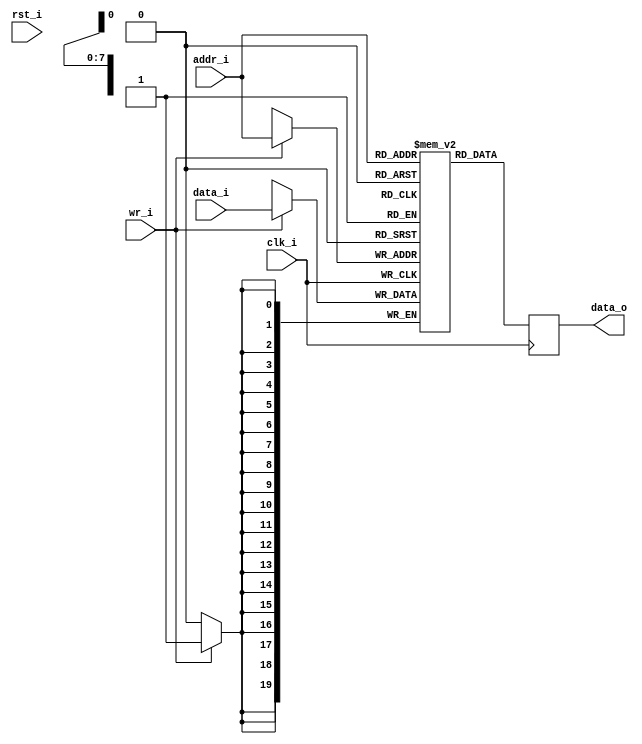
//-----------------------------------------------------------------
//                         RISC-V Top
//                            V0.6
//                     Ultra-Embedded.com
//                     Copyright 2014-2019
//
//                   admin@ultra-embedded.com
//
//                       License: BSD
//-----------------------------------------------------------------
//
// Copyright (c) 2014, Ultra-Embedded.com
// All rights reserved.
// 
// Redistribution and use in source and binary forms, with or without
// modification, are permitted provided that the following conditions 
// are met:
//   - Redistributions of source code must retain the above copyright
//     notice, this list of conditions and the following disclaimer.
//   - Redistributions in binary form must reproduce the above copyright
//     notice, this list of conditions and the following disclaimer 
//     in the documentation and/or other materials provided with the 
//     distribution.
//   - Neither the name of the author nor the names of its contributors 
//     may be used to endorse or promote products derived from this 
//     software without specific prior written permission.
// 
// THIS SOFTWARE IS PROVIDED BY THE COPYRIGHT HOLDERS AND CONTRIBUTORS 
// "AS IS" AND ANY EXPRESS OR IMPLIED WARRANTIES, INCLUDING, BUT NOT 
// LIMITED TO, THE IMPLIED WARRANTIES OF MERCHANTABILITY AND FITNESS FOR 
// A PARTICULAR PURPOSE ARE DISCLAIMED. IN NO EVENT SHALL THE AUTHOR BE 
// LIABLE FOR ANY DIRECT, INDIRECT, INCIDENTAL, SPECIAL, EXEMPLARY, OR 
// CONSEQUENTIAL DAMAGES (INCLUDING, BUT NOT LIMITED TO, PROCUREMENT OF 
// SUBSTITUTE GOODS OR SERVICES; LOSS OF USE, DATA, OR PROFITS; OR 
// BUSINESS INTERRUPTION) HOWEVER CAUSED AND ON ANY THEORY OF 
// LIABILITY, WHETHER IN CONTRACT, STRICT LIABILITY, OR TORT
// (INCLUDING NEGLIGENCE OR OTHERWISE) ARISING IN ANY WAY OUT OF 
// THE USE OF THIS SOFTWARE, EVEN IF ADVISED OF THE POSSIBILITY OF 
// SUCH DAMAGE.
//-----------------------------------------------------------------

//-----------------------------------------------------------------
//                          Generated File
//-----------------------------------------------------------------
module icache_tag_ram
(
    // Inputs
     input           clk_i
    ,input           rst_i
    ,input  [  7:0]  addr_i
    ,input  [ 19:0]  data_i
    ,input           wr_i

    // Outputs
    ,output [ 19:0]  data_o
);




//-----------------------------------------------------------------
// Single Port RAM 0KB
// Mode: Read First
//-----------------------------------------------------------------
reg [19:0]   ram [255:0] /*verilator public*/;
reg [19:0]   ram_read_q;

// Synchronous write
always @ (posedge clk_i)
begin
    if (wr_i)
        ram[addr_i] <= data_i;
    ram_read_q <= ram[addr_i];
end

assign data_o = ram_read_q;



endmodule